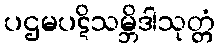
ပဌမပဋိသမ္ဘိဒါသုတ္တံ